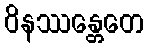
ဝိနဿန္တေတေ